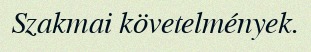
Szakmai követelmények.